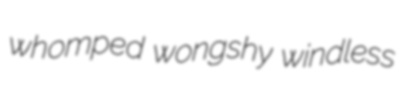
whomped wongshy windless